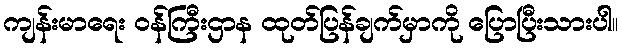
ကျန်းမာရေး ဝန်ကြီးဌာန ထုတ်ပြန်ချက်မှာကို ပြောပြီးသားပါ။